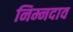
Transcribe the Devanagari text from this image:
निम्नदाव